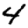
Digit: 4